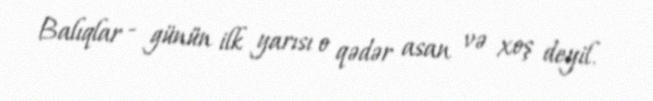
Balıqlar - günün ilk yarısı o qədər asan və xoş deyil.